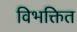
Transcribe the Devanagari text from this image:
विभक्तित